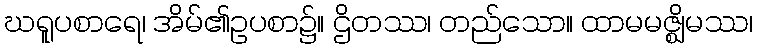
ဃရူပစာရေ၊ အိမ်၏ဥပစာ၌။ ဌိတဿ၊ တည်သော။ ထာမမဇ္ဈိမဿ၊